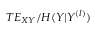
T E _ { X Y } / H ( Y | Y ^ { ( l ) } )